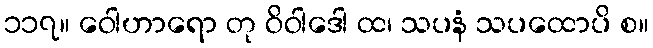
၁၁၇။ ဝေါဟာရော တု ဝိဝါဒေါ ထ၊ သပနံ သပထောပိ စ။